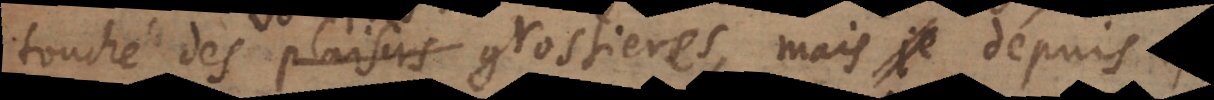
touché des plaisirs grossieres, mais dépuis